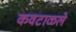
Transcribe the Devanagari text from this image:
कवटाळले